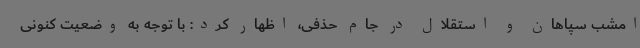
امشب سپاهان و استقلال در جام حذفی، اظهار کرد: با توجه به وضعیت کنونی